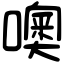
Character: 噢